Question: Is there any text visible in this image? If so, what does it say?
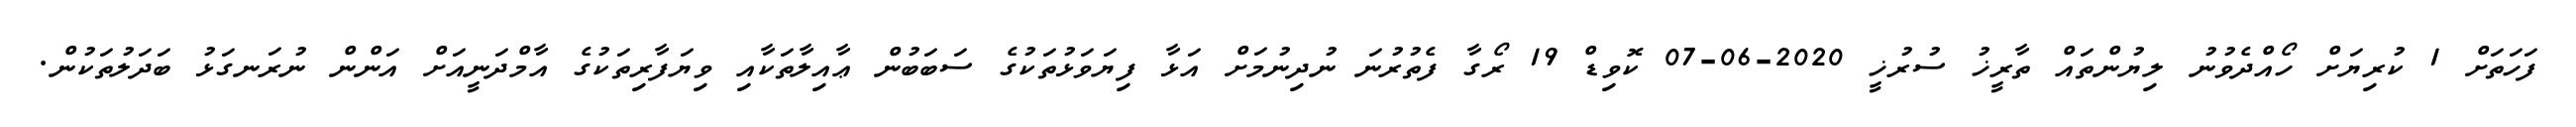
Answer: ފަހަތަށް 1 ކުރިޔަށް ހޯއްދެވުނު ލިޔުންތައް ތާރީޚު ސުރުޚީ 2020-06-07 ކޮވިޑް 19 ރޯގާ ފެތުރުނަ ނުދިނުމަށް އަޅާ ފިޔަވަޅުތަކުގެ ސަބަބުން ޢާއިލާތަކާއި ވިޔަފާރިތަކުގެ އާމްދަނީއަށް އަންން ނުރަނގަޅު ބަދަލުތަކުން.